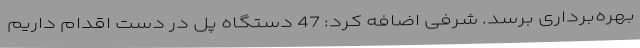
بهره‌برداری برسد. شرفی اضافه کرد: 47 دستگاه پل در دست اقدام داریم